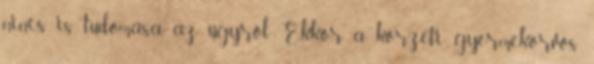
nincs is tudomása az ügyről. Ekkor a körzeti gyermekorvos